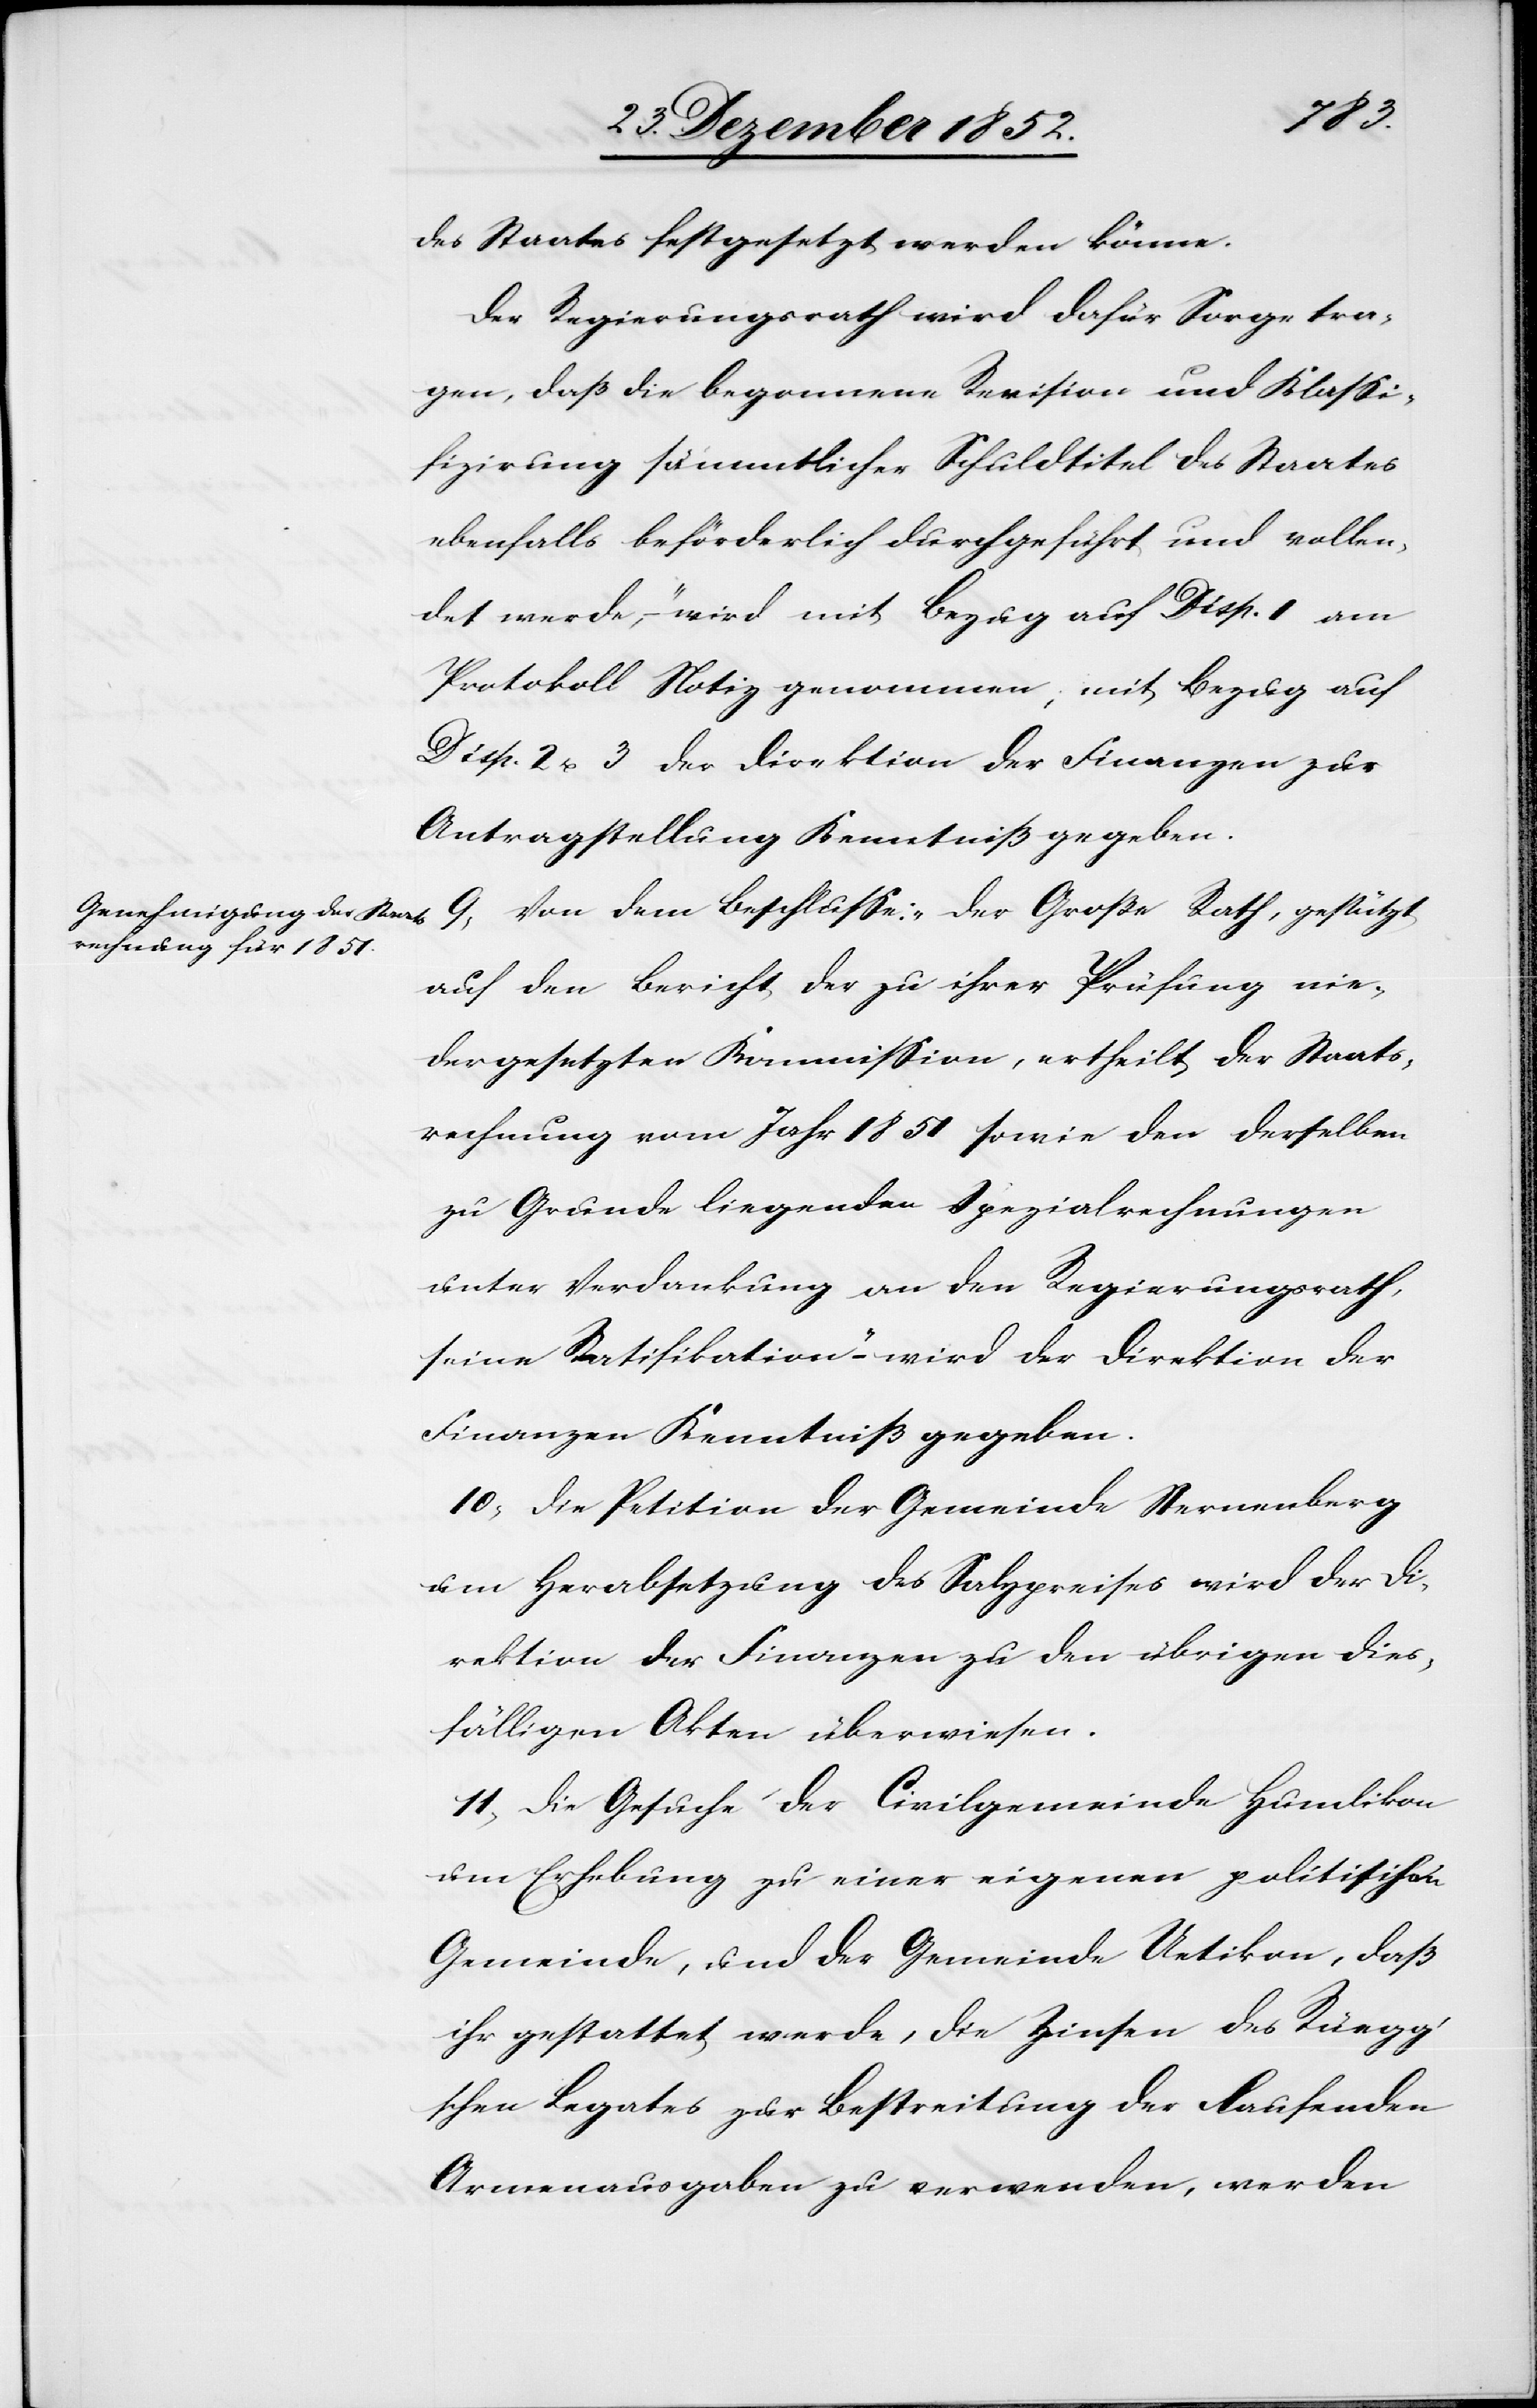
des Staates festgesetzt werden könne.
Der Regierungsrath wird dafür Sorge tra¬
gen, daß die begonnene Revision und Klassi¬
fizirung sämmtlicher Schuldtitel des Staates
ebenfalls beförderlich durchgeführt und vollen¬
det werde,“ – wird mit Bezug auf Disp. 1 am
Protokoll Notiz genommen; mit Bezug auf
Disp. 2 u. 3 der Direktion der Finanzen zur
Antragstellung Kenntniß gegeben.
9, Von dem Beschlusse: „Der Große Rath, gestützt
auf den Bericht der zu ihrer Prüfung nie¬
dergesetzten Kommission, ertheilt der Staats¬
rechnung vom Jahr 1851 sowie den derselben
zu Grunde liegenden Spezialrechnungen
unter Verdankung an den Regierungsrath,
seine Ratifikation“ – wird der Direktion der
Finanzen Kenntniß gegeben.
10, Die Petition der Gemeinde Sternenberg
um Herabsetzung des Salzpreises wird der Di¬
rektion der Finanzen zu den übrigen dies¬
fälligen Akten überwiesen.
11, Die Gesuche der Civilgemeinde Humlikon
um Erhebung zu einer eigenen politischen
Gemeinde, und der Gemeinde Uetikon, daß
ihr gestattet werde, die Zinsen des Rüegg’s¬
chen Legates zur Bestreitung der laufenden
Armenausgaben zu verwenden, werden